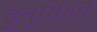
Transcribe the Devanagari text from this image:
डुनुमियन